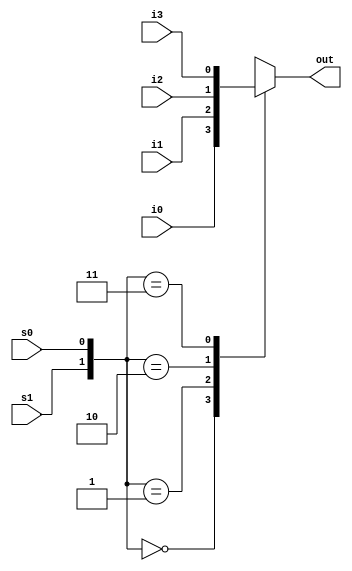
//Creating 4:1 Mux using CASE statement + Behavioural Modeling
module FourintoOneMuxusingBM(out,i0,i1,i2,i3,s1,s0);
  output out;
  input i0,i1,i2,i3,s1,s0;
  reg out;
  
  always @(s1 or s0 or i0 or i1 or i2 or i3)
  case({s1,s0})
    2'd0 : out = i0;
    2'd1 : out = i1;
    2'd2 : out = i2;
    2'd3 : out = i3;
    default: $display("Invalid control singals");
  endcase
endmodule